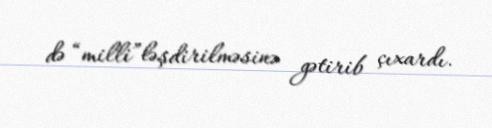
də “milli”ləşdirilməsinə gətirib çıxardı.